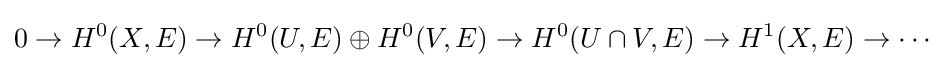
0\to H^{0}(X,E)\to H^{0}(U,E)\oplus H^{0}(V,E)\to H^{0}(U\cap V,E)\to H^{1}(X,E)\to \cdots